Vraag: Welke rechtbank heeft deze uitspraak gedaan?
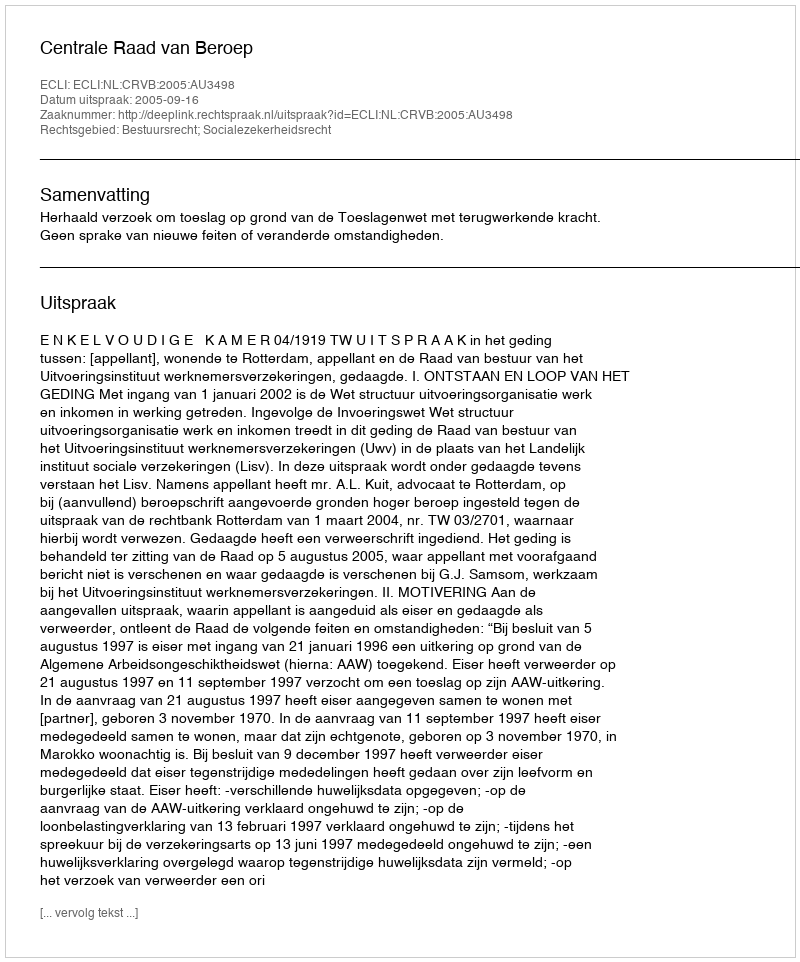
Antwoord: Centrale Raad van Beroep